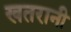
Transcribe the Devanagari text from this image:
खतरानी